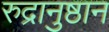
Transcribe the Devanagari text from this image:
रुद्रानुष्ठान